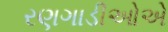
રણગાડીઓએ